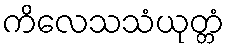
ကိလေသသံယုတ္တံ